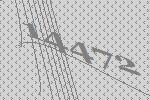
14472